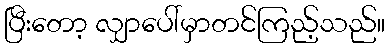
ပြီးတော့ လျှာပေါ်မှာတင်ကြည့်သည်။